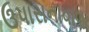
ઉપાસનાવાળા